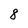
Character: 8